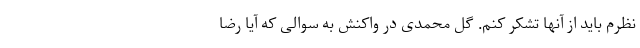
نظرم باید از آنها تشکر کنم. گل محمدی در واکنش به سوالی که آیا رضا